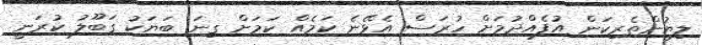
ލިޔުންތެރިކަން އުފެއްދުމަށް ހުރަސް އެޅޭނެ ކަމެއް ކަމަށް ގިނަ ބަޔަކު ގަބޫލު ކުރަނީ